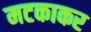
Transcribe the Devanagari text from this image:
मटकाकर